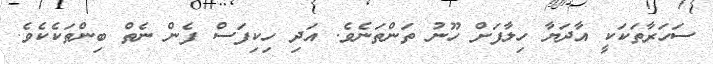
ސަހަރާތަކަކީ އާދަޔާ ހިލާފަށް ހޫނު ތަންތަނެވެ. އަދި ހިކިފަސް ފެން ނެތް ބިންތަކެކެވެ.